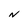
Character: N